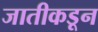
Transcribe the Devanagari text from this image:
जातीकडून